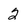
Character: 2